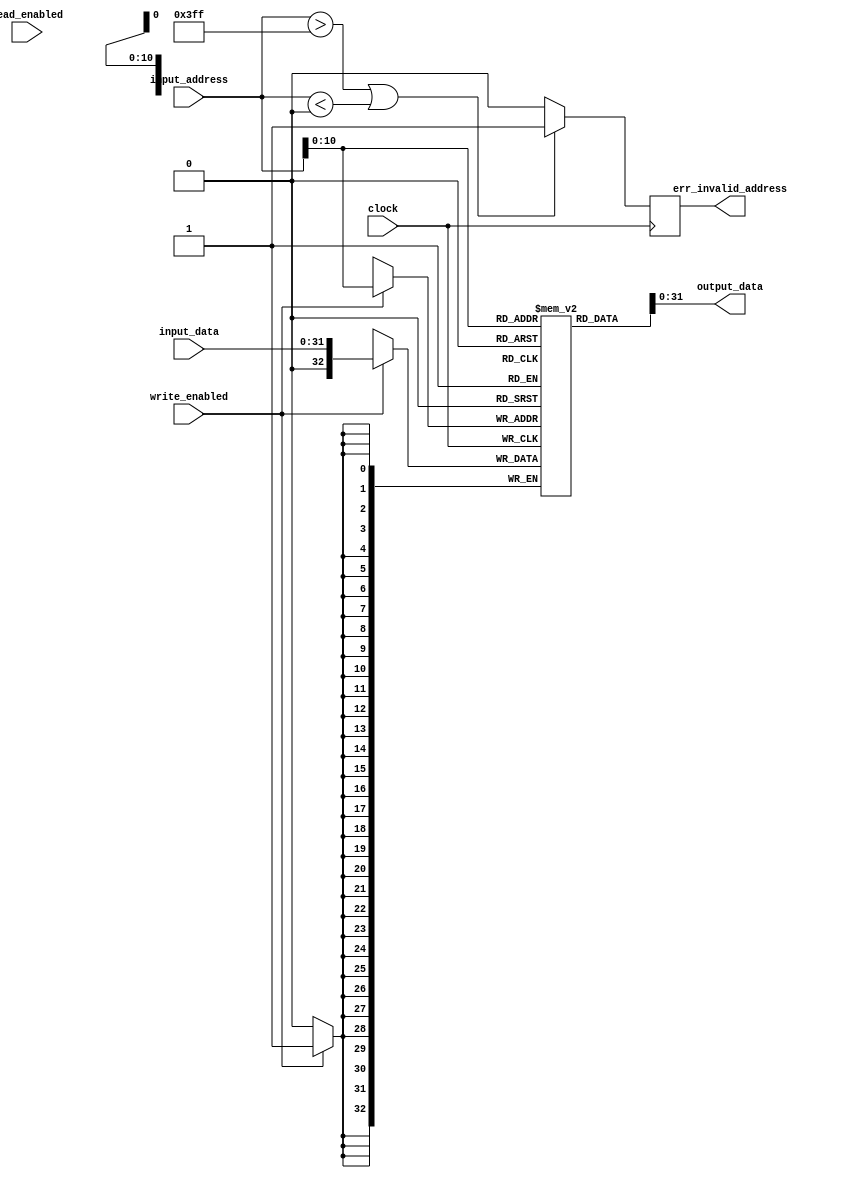
// 2016 Ryan Leonard
// Memory Module
//
// Read/write happenning at same time is unexpected behavior.
//
// Read enabled is no longer used
module memory ( 
  clock,
  write_enabled,
  read_enabled,
  input_address,
  input_data,
  output_data,
  err_invalid_address
);

// Parametrs to change the size of our system's basic
parameter 
  ON = 1'b1,
  OFF = 1'b0,
  MEMORY_SIZE = 1024, 
  WORD_SIZE = 32; // 32 --> 32bit system, 64 --> 64bit system

input wire                    clock;
input wire 	                  write_enabled;
input wire 	                  read_enabled;
input wire   [WORD_SIZE-1:0]	input_address;
input wire   [WORD_SIZE-1:0]	input_data;
output wire  [WORD_SIZE-1:0]	output_data;
output reg                    err_invalid_address;

// A data structure 
reg [WORD_SIZE:0]  data[MEMORY_SIZE:0];

// Begin computing on positive edge
always @ (negedge clock) 
begin
  err_invalid_address <= (input_address > MEMORY_SIZE-1) || (input_address < 0) ? ON : OFF;

  if (write_enabled) 
    data[input_address] <= input_data;
end
  
assign output_data = data[input_address];

endmodule